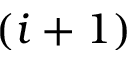
( i + 1 )